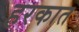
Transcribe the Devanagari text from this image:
हरकात